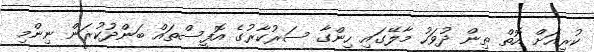
ކުރިއަށް އޮތް ތިން ދުވަހު މާލޭގައި ހިންގާ ސަރުކާރުގެ އޮފީސްތައް ބަންދުކުރަން ނިންމި